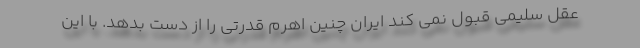
عقل سلیمی قبول نمی کند ایران چنین اهرم قدرتی را از دست بدهد. با این